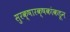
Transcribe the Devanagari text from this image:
सुरक्षारक्षकांकडून